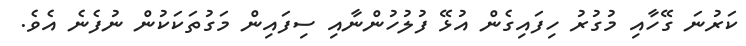
ކަރުނަ ގޭހާއި މުގުރު ހިފައިގެން އުޅޭ ފުލުހުންނާއި ސިފައިން މަގުތަކަކުން ނުފެނެ އެވެ.